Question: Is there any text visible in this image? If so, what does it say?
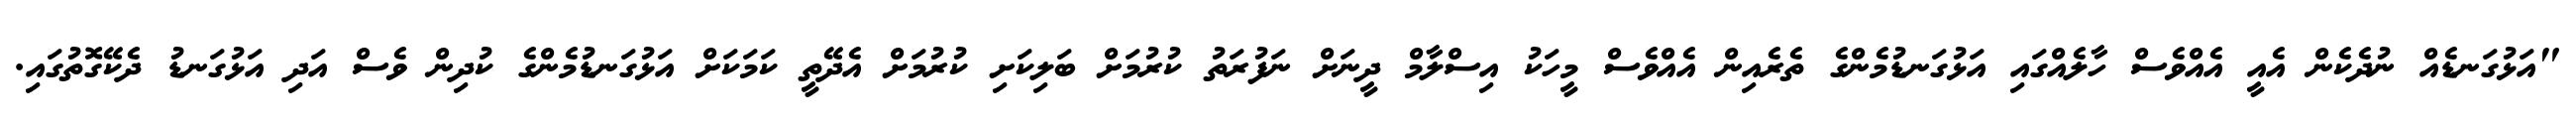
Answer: "އަޅުގަނޑެއް ނުދެކެން އެއީ އެއްވެސް ހާލެއްގައި އަޅުގަނޑުމެންގެ ތެރެއިން އެއްވެސް މީހަކު އިސްލާމް ދީނަށް ނަފުރަތު ކުރުމަށް ބަލިކަށި ކުރުމަށް އެދޭތީ ކަމަކަށް އަޅުގަނޑުމެންގެ ކުދިން ވެސް އަދި އަޅުގަނޑު ދެކޭގޮތުގައި.